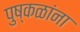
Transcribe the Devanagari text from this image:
पुष्कळांना